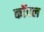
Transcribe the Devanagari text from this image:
कॉवल